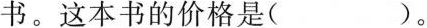
书。这本书的价格是( )。